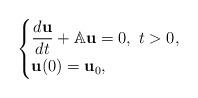
LaTeX: \begin{align*}\begin{cases}\dfrac{d {\bf u}}{dt}+ \mathbb{A}{\bf u} = 0,\ t> 0,\\{\bf u}(0)={\bf u}_0,\end{cases}\end{align*}